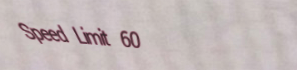
Speed Limit 60